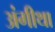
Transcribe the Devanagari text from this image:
अंगीथा